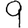
Digit: 9